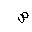
Letter: _sad